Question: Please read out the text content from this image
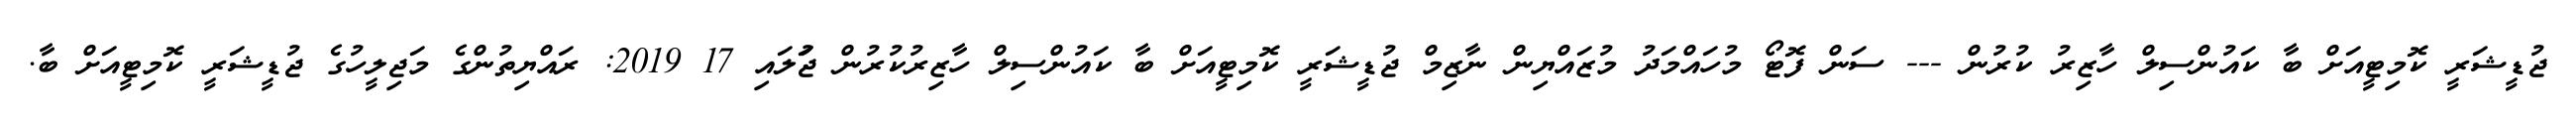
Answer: ޖުޑީޝަރީ ކޮމިޓީއަށް ބާ ކައުންސިލް ހާޒިރު ކުރުން --- ސަން ފޮޓޯ މުހައްމަދު މުޒައްޔިން ނާޒިމް ޖުޑީޝަރީ ކޮމިޓީއަށް ބާ ކައުންސިލް ހާޒިރުކުރުން ޖުަލައި 17 2019: ރައްޔިތުންގެ މަޖިލީހުގެ ޖުޑީޝަރީ ކޮމިޓީއަށް ބާ.